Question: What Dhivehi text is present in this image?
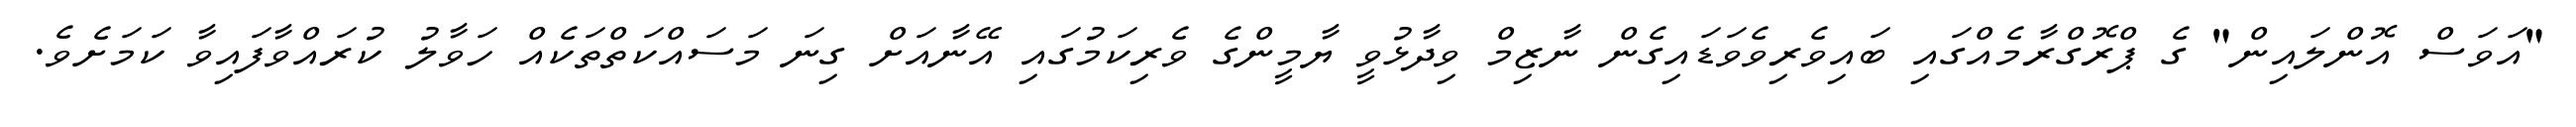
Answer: "އަވަސް އޮންލައިން" ގެ ޕްރޮގްރާމެއްގައި ބައިވެރިވެވަޑައިގެން ނާޒިމް ވިދާޅުވީ ޔާމީންގެ ވެރިކަމުގައި އޭނާއަށް ގިނަ މަސައްކަތްތަކެއް ހަވާލު ކުރައްވާފައިވާ ކަމަށެވެ.